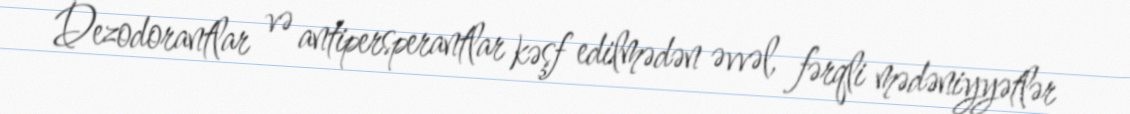
Dezodorantlar və antipersperantlar kəşf edilmədən əvvəl, fərqli mədəniyyətlər